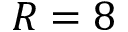
R = 8